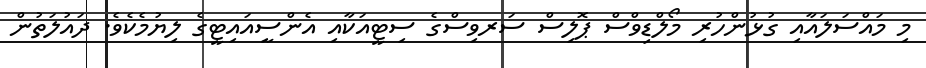
މި މައްސަލައާއި ގުޅުންހުރި މޯލްޑިވްސް ޕޮލިސް ސަރވިސްގެ ސިޓީއަކާއި އެންސީއައިޓީގެ ލިޔުމެކެވެ. ދައުލަތުން